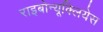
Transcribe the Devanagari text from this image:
राइबोन्यूक्लियेस